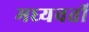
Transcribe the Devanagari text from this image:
मध्‍यवर्ती